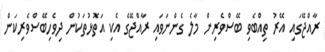
ރާއްޖޭގައި އޭރު ތިއްބެވި ބޭސްވެރިން މާލެ ގެންނަވައި ރާއްޖޭގެ އެކި އަތޮޅުތަކުން ދިވެހިބޭސްވެރިކަން